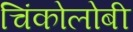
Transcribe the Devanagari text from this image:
चिंकोलोबी